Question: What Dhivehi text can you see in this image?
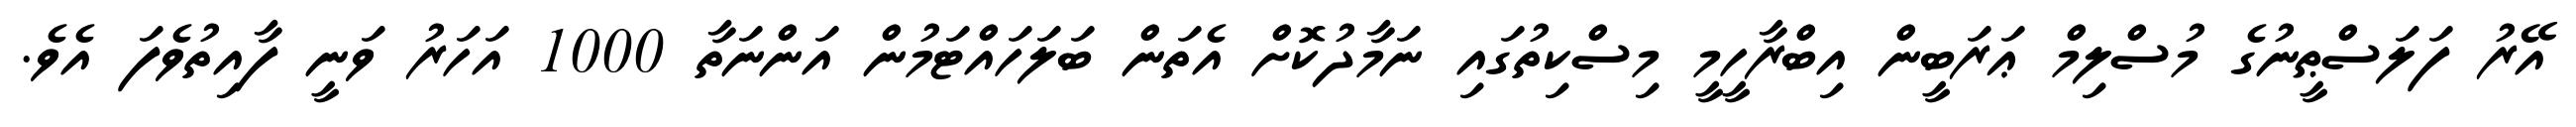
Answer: އޭރު ފަލަސްޠީނުގެ މުސްލިމް ޢަރަބީން އިބްރާހީމީ މިސްކިތުގައި ނަމާދުކޮށް އެތަން ބަލަހައްޓަމުން އަންނަތާ 1000 އަހަރު ވަނީ ފާއިތުވެފަ އެވެ.